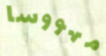
مهووسا